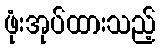
ဖုံးအုပ်ထားသည့်